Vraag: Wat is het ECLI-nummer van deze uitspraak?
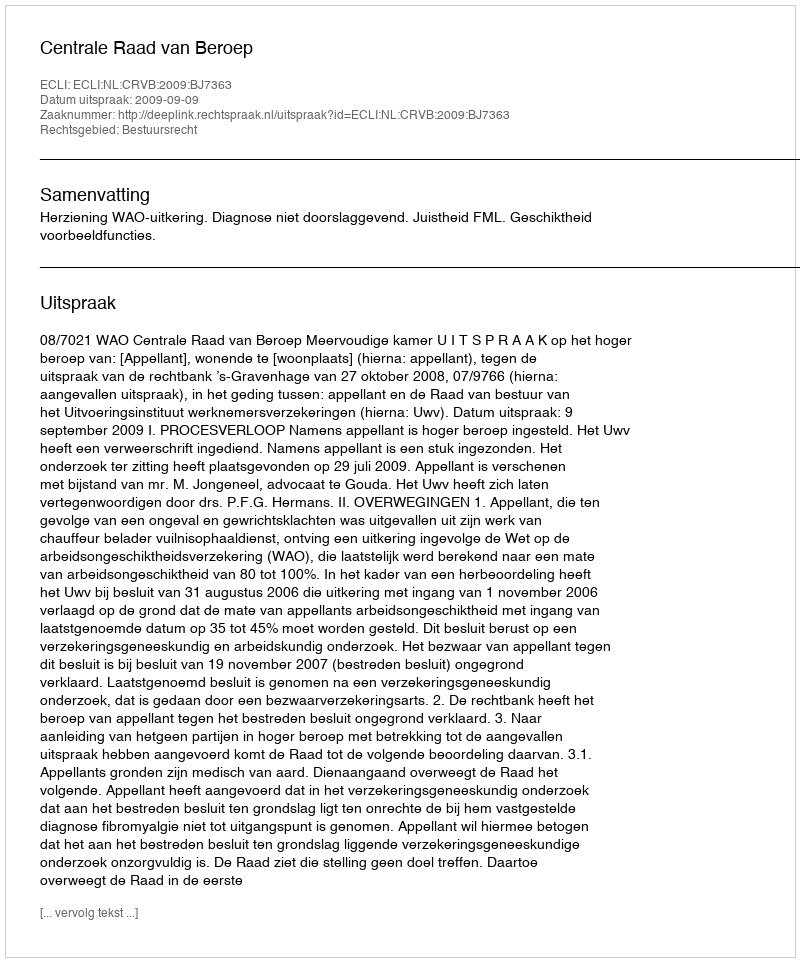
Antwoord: ECLI:NL:CRVB:2009:BJ7363